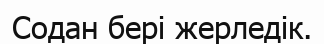
Содан бері жерледік.